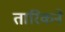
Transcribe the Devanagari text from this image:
तारिकने